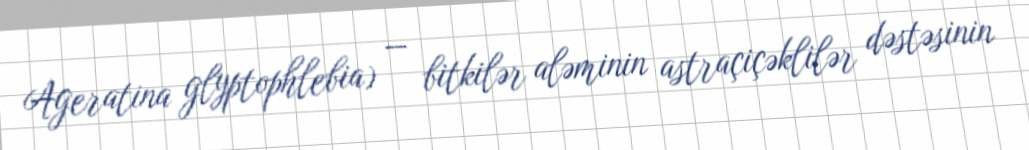
Ageratina glyptophlebia) — bitkilər aləminin astraçiçəklilər dəstəsinin